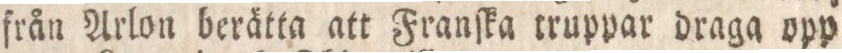
från Arlon berätta att Franſka truppar draga opp